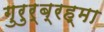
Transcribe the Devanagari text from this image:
गुरुर्ब्रह्मा